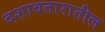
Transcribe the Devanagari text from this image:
दशावतारातील